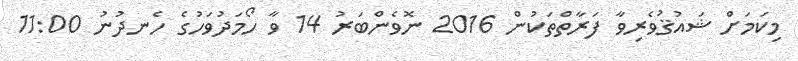
މިކަމަށް ޝައުޤުވެރިވާ ފަރާތްތަކުން 2016 ނޮވެންބަރު 14 ވާ ހޯމަދުވަހުގެ ހެނދުނު 11:00